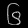
Digit: ၆